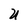
Character: U